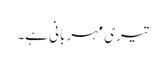
تیری مہربانی ہے۔